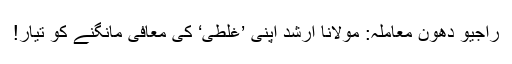
راجیو دھون معاملہ: مولانا ارشد اپنی ’غلطی‘ کی معافی مانگنے کو تیار!